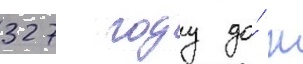
327 году до́ н